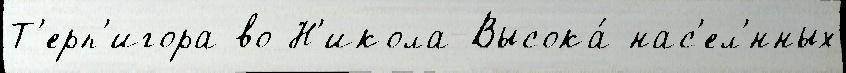
Т'ерп'игора во Н'икола-Высока́ нас'ел'́нных